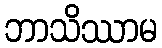
ဘာသိဿာမ